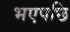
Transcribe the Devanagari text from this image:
भएपछि